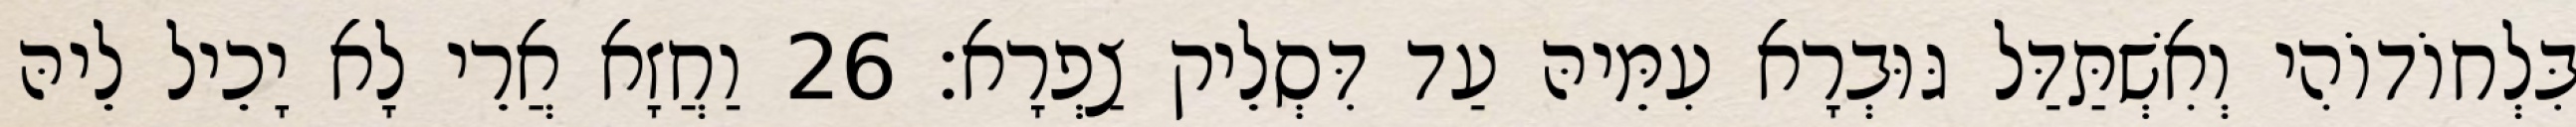
בִּלְחוֹדוֹהִי וְאִשְׁתַּדַּל גּוּבְרָא עִמֵּיהּ עַד דִּסְלֵיק צַפְרָא׃ 26 וַחֲזָא אֲרֵי לָא יָכֵיל לֵיהּ